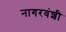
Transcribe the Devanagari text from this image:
नागरवंशी